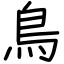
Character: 鳥